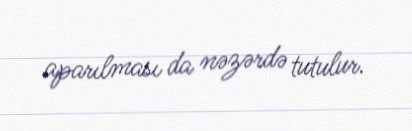
aparılması da nəzərdə tutulur.